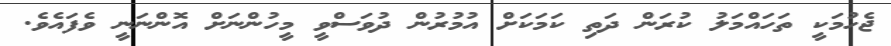
ޖެހުމަކީ ތަހައްމަލު ކުރަން ދަތި ކަމަކަށް އުމުރުން ދުވަސްވީ މީހުންނަށް އޮންނަނީ ވެފައެވެ.